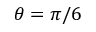
\theta = \pi / 6